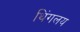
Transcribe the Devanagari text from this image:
थिंगलय